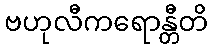
ဗဟုလီကရောန္တီတိ